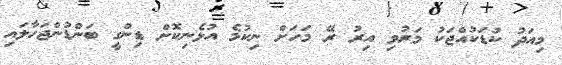
މިއަދު ކުޑަކުއްޖަކު މަރުވި އިރު ރޭ މަހަށް ނިކުމެ އުޅެނިކޮށް ޑިންގީ ބަންޑުންޖަހާލައި